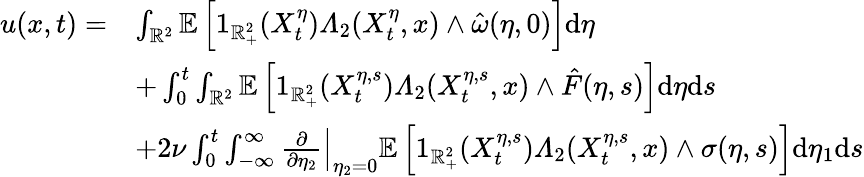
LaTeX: \begin{array}{rl}{u(x,t)=}&{\int_{\mathbb{R}^{2}}\mathbb{E}\left[1_{\mathbb{R}_{+}^{2}}(X_{t}^{\eta})\varLambda_{2}(X_{t}^{\eta},x)\wedge\hat{\omega}(\eta,0)\right]\mathrm{d}\eta}\\ &{+\int_{0}^{t}\int_{\mathbb{R}^{2}}\mathbb{E}\left[1_{\mathbb{R}_{+}^{2}}(X_{t}^{\eta,s})\varLambda_{2}(X_{t}^{\eta,s},x)\wedge\hat{F}(\eta,s)\right]\mathrm{d}\eta\mathrm{d}s}\\ &{+2\nu\int_{0}^{t}\int_{-\infty}^{\infty}\left.\frac{\partial}{\partial\eta_{2}}\right|_{\eta_{2}=0}\mathbb{E}\left[1_{\mathbb{R}_{+}^{2}}(X_{t}^{\eta,s})\varLambda_{2}(X_{t}^{\eta,s},x)\wedge\sigma(\eta,s)\right]\mathrm{d}\eta_{1}\mathrm{d}s}\end{array}